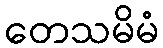
တေသမိမံ